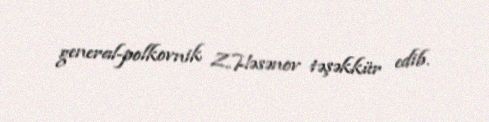
general-polkovnik Z.Həsənov təşəkkür edib.